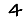
Digit: 4